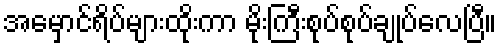
အမှောင်ရိပ်များထိုးကာ မိုးကြီးစုပ်စုပ်ချုပ်လေပြီ။